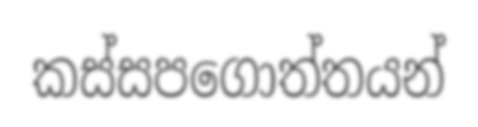
කස්සපගොත්තයන්